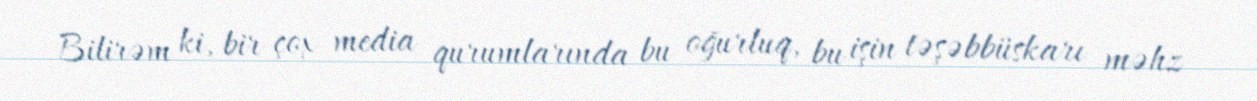
Bilirəm ki, bir çox media qurumlarında bu oğurluq, bu işin təşəbbüskarı məhz